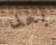
بعد